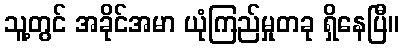
သူ့တွင် အခိုင်အမာ ယုံကြည်မှုတခု ရှိနေပြီ။